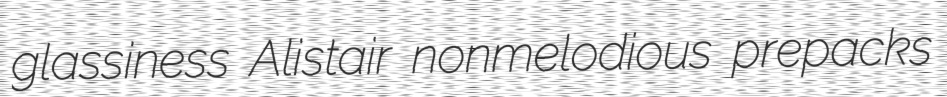
glassiness Alistair nonmelodious prepacks